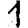
Digit: 1